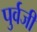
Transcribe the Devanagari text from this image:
पुर्वजी